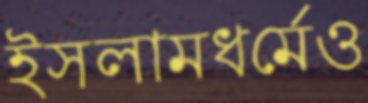
ইসলামধর্মেও